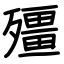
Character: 殭